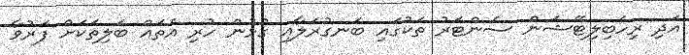
އަދި ރިހެބިލިޓޭޝަން ސެންޓަރު ތަކުގައި ބަނގުރަލާއި ގުޅުން ހުރި އެތައް ބަލިތަކަށް ފަރުވާ